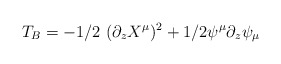
\begin{align*}T_B = -1/2\ (\partial_z X^\mu )^2 +1/2 \psi^\mu \partial_z \psi_\mu\end{align*}